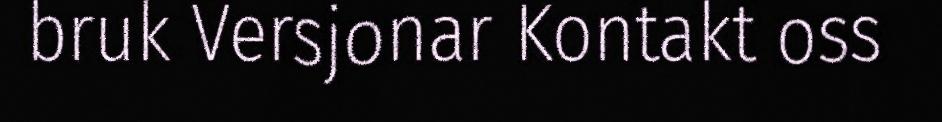
bruk Versjonar Kontakt oss